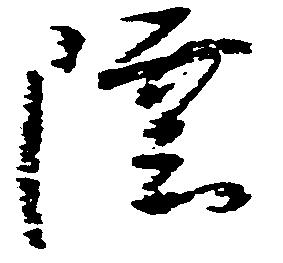
陸